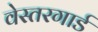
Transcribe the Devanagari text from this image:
वेस्तरगार्ड